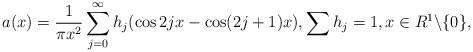
LaTeX: \begin{align*}a(x)=\frac{1}{\pi x^2}\sum_{j=0}^\infty h_j(\cos2jx-\cos(2j+1)x), \sum h_j=1, x\in R^1\backslash\{0\},\end{align*}